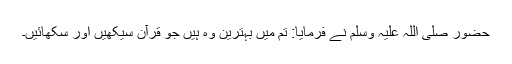
حضور صلی اللہ علیہ وسلم نے فرمایا: تم میں بہترین وہ ہیں جو قرآن سیکھیں اور سکھائیں۔